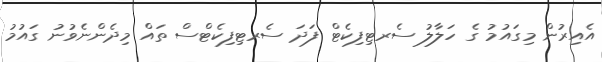
އެއިރުން މިގައުމު ގެ ހަލާލު ސެރޓިފިކެޓް ފަދަ ސެރޓިފިކެޓްސް ތައް މިދެންނެވުނު ގައުމު